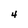
Character: 4